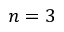
n = 3